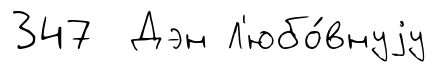
347 Дэн Л'юбо́внуjу